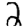
Digit: 2